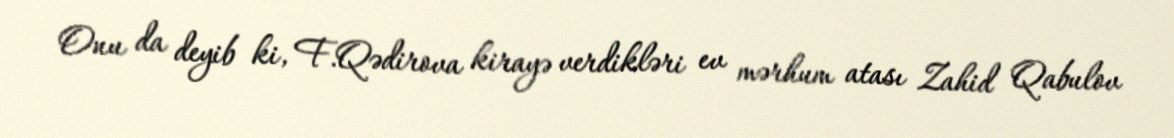
Onu da deyib ki, F.Qədirova kirayə verdikləri ev mərhum atası Zahid Qabulov